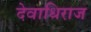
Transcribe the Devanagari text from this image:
देवाधिराज